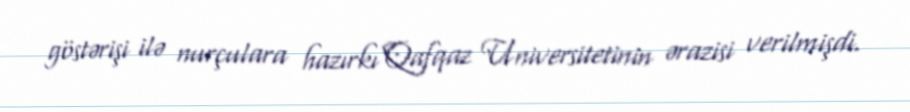
göstərişi ilə nurçulara hazırkı Qafqaz Universitetinin ərazisi verilmişdi.